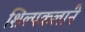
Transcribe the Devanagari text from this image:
शिल्पकलांने